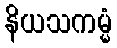
နိယသကမ္မံ